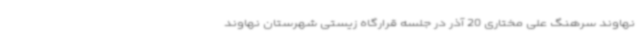
نهاوند سرهنگ علی مختاری 20 آذر در جلسه قرارگاه زیستی شهرستان نهاوند